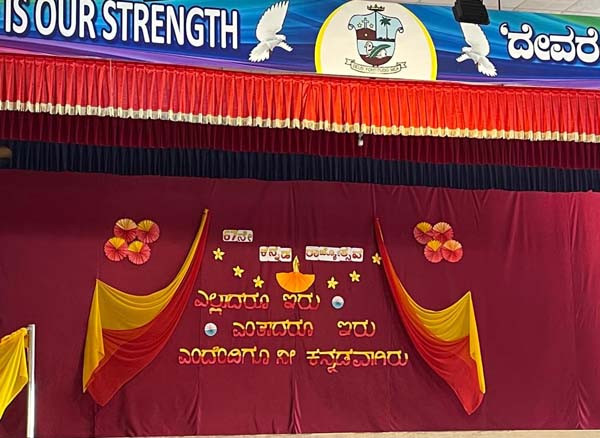
Language: kannada
Transcription: ಕನ್ನಡವಾಗಿರು ಇರು ಎಲ್ಲದರೂ ಎಂತಾದರೂ ಎಂದೆಂದಿಗೂ ನೀ ಇರು